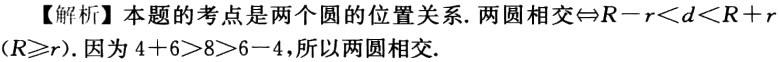
【解析】本题的考点是两个圆的位置关系. 两圆相交$\Leftrightarrow R - r < d < R + r$（$R\geqslant r$). 因为$4 + 6 > 8 > 6 - 4$,所以两圆相交.